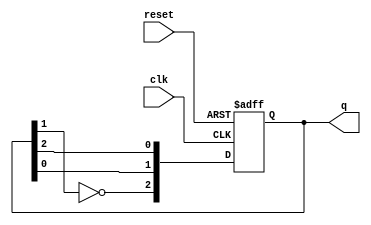
module johnson_counter (
    input wire clk,         // Clock signal
    input wire reset,       // Asynchronous reset signal
    output reg [2:0] q      // 3-bit output for the Johnson counter
);

// Always block triggered on the rising edge of the clock or when reset is activated
always @(posedge clk or posedge reset) begin
    if (reset) begin
        // Initialize the counter to 0 on reset
        q <= 3'b000;
    end else begin
        // Johnson counter logic
        q[2] <= ~q[1]; // Invert the second flip-flop output and feed it to the first
        q[1] <= q[0];  // Shift the output of the first flip-flop to the second
        q[0] <= q[2];  // Shift the output of the third flip-flop to the first
    end
end

endmodule